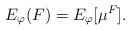
LaTeX: \begin{align*} E_\varphi(F) = E_\varphi[\mu^F]. \end{align*}